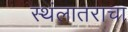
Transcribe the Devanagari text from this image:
स्थंलातराचा